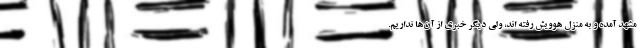
مشهد آمده و به منزل هوویش رفته اند، ولی دیگر خبری از آن‌ها نداریم.